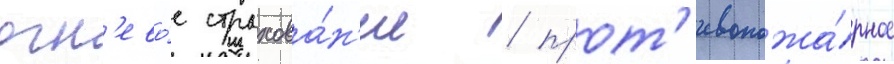
огн'ево́е страхова́н'ие / прот'ивопожа́рное